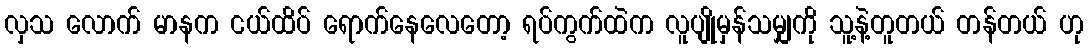
လှသ လောက် မာနက ငယ်ထိပ် ရောက်နေလေတော့ ရပ်ကွက်ထဲက လူပျိုမှန်သမျှကို သူ့နဲ့တူတယ် တန်တယ် ဟု